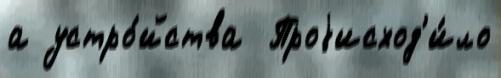
а устро́йства  Проjисход'и́ло